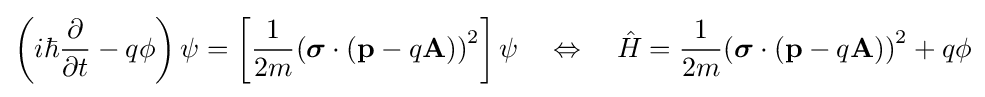
\left(i\hbar {\frac {\partial }{\partial t}}-q\phi \right)\psi =\left[{\frac {1}{2m}}{({\boldsymbol {\sigma }}\cdot (\mathbf {p} -q\mathbf {A} ))}^{2}\right]\psi \quad \Leftrightarrow \quad {\hat {H}}={\frac {1}{2m}}{({\boldsymbol {\sigma }}\cdot (\mathbf {p} -q\mathbf {A} ))}^{2}+q\phi